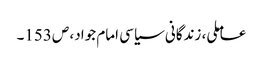
عاملی، زندگانی سیاسی امام جواد، ص153۔